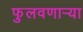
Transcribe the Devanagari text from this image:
फुलवणार्‍या